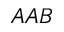
A A B